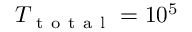
{ T _ { \mathrm { ~ t ~ o ~ t ~ a ~ l ~ } } } = 1 0 ^ { 5 }